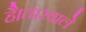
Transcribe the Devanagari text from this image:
है।तारवाले